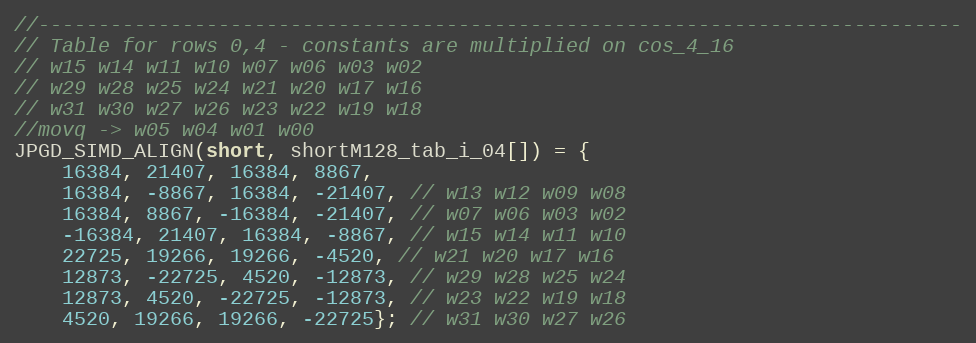
Language: C
//-----------------------------------------------------------------------------
// Table for rows 0,4 - constants are multiplied on cos_4_16
// w15 w14 w11 w10 w07 w06 w03 w02
// w29 w28 w25 w24 w21 w20 w17 w16
// w31 w30 w27 w26 w23 w22 w19 w18
//movq -> w05 w04 w01 w00
JPGD_SIMD_ALIGN(short, shortM128_tab_i_04[]) = {
	16384, 21407, 16384, 8867,
	16384, -8867, 16384, -21407, // w13 w12 w09 w08
	16384, 8867, -16384, -21407, // w07 w06 w03 w02
	-16384, 21407, 16384, -8867, // w15 w14 w11 w10
	22725, 19266, 19266, -4520, // w21 w20 w17 w16
	12873, -22725, 4520, -12873, // w29 w28 w25 w24
	12873, 4520, -22725, -12873, // w23 w22 w19 w18
	4520, 19266, 19266, -22725}; // w31 w30 w27 w26